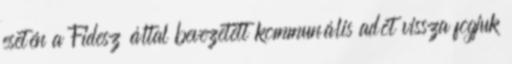
esetén a Fidesz által bevezetett kommunális adót vissza fogjuk